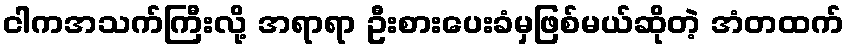
ငါကအသက်ကြီးလို့ အရာရာ ဦးစားပေးခံမှဖြစ်မယ်ဆိုတဲ့ အံတထက်